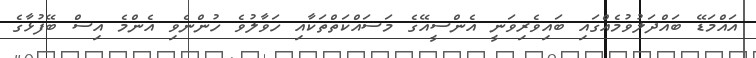
އައްމަޑޭ ބައްދަލުވުމެއްގައި ބައިވެރިވަނީ އެންސީއޭގެ މަސައްކަތްތަކާއި ހަވާލުވެ ހުންނެވި އެންމެ އިސް ބޭފުޅާގެ